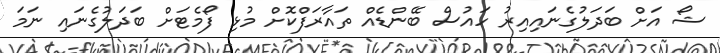
ޝޯ އަށް ބަދަލުގެނައިއިރު ހައުސް ބޭންޑެއް ތައާރަފްކޮށް މުޅި ފޯމެޓަށް ބަދަލުގެނައި ނަމަ